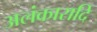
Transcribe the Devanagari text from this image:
अलंकारादि